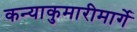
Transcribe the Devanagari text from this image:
कन्याकुमारीमार्गे